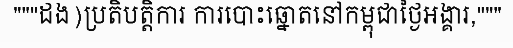
"""ដង)ប្រតិបត្តិការ ការបោះឆ្នោតនៅកម្ពុជាថ្ងៃអង្គារ,"""